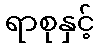
ရာစုနှင့်